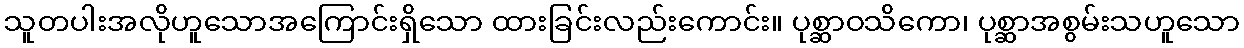
သူတပါးအလိုဟူသောအကြောင်းရှိသော ထားခြင်းလည်းကောင်း။ ပုစ္ဆာဝသိကော၊ ပုစ္ဆာအစွမ်းသဟူသော